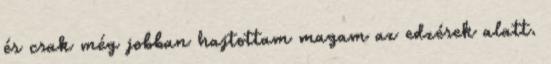
és csak még jobban hajtottam magam az edzések alatt.